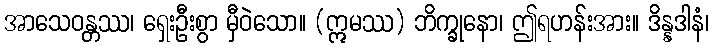
အာသေဝန္တဿ၊ ရှေးဦးစွာ မှီဝဲသော။ (ဣမဿ) ဘိက္ခုနော၊ ဤရဟန်းအား။ ဒိန္နဒါနံ၊